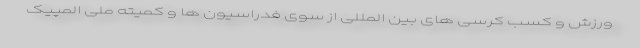
ورزش و کسب کرسی های بین المللی از سوی فدراسیون ها و کمیته ملی المپیک